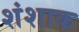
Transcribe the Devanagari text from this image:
शंशाक